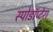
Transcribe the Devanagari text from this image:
स्पोडॉप्टेरा